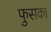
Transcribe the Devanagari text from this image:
फुसका